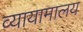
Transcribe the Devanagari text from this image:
व्यायामालय